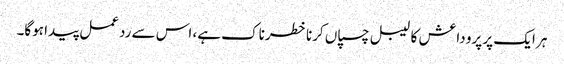
ہر ایک پر پرو داعش کا لیبل چسپاں کرنا خطرناک ہے، اس سے ردعمل پیدا ہوگا۔